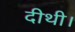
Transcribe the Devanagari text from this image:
दीथी।